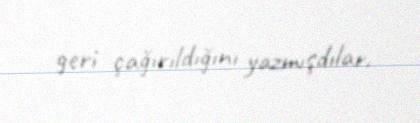
geri çağırıldığını yazmışdılar.